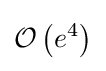
\operatorname {\mathcal {O}} \left(e^{4}\right)